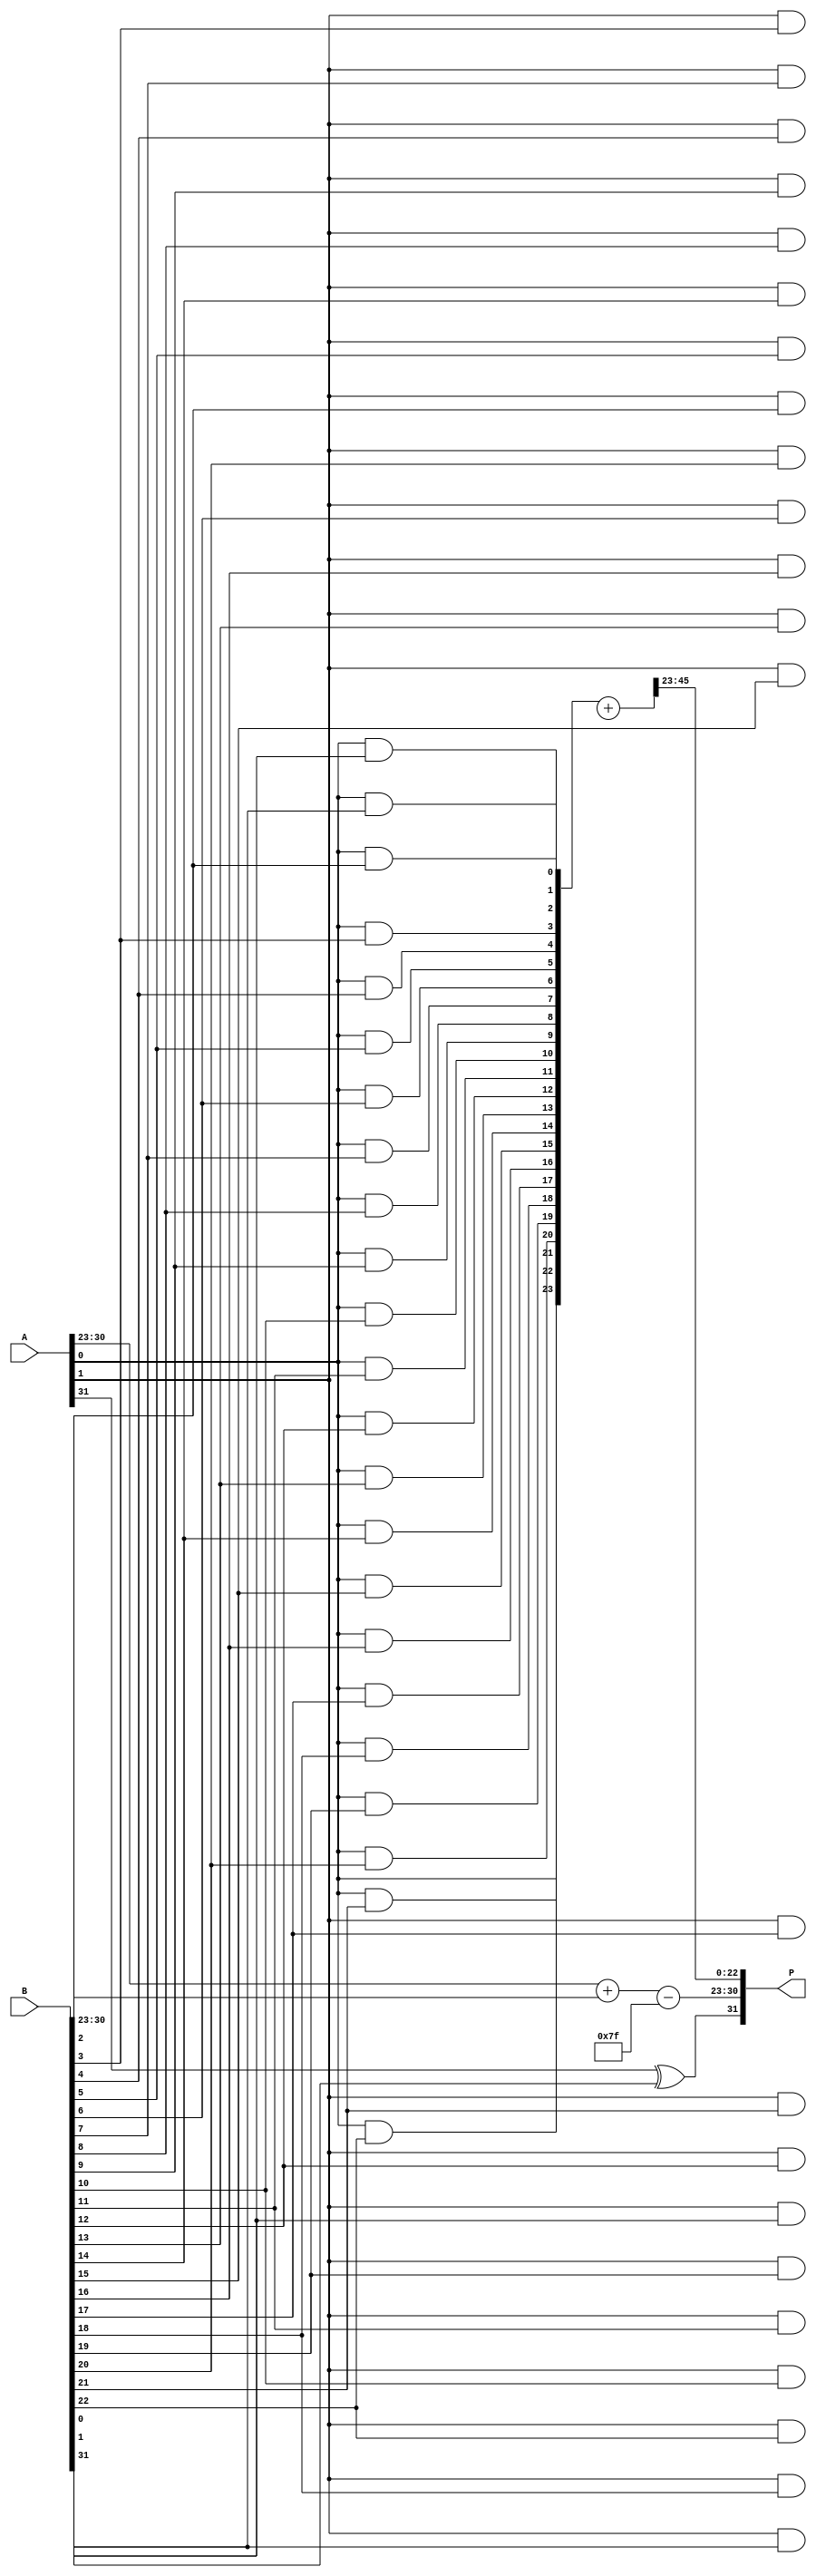
module float_mul (
    input [31:0] A, // 32-bit input A (IEEE 754)
    input [31:0] B, // 32-bit input B (IEEE 754)
    output reg [31:0] P // 32-bit output P (IEEE 754)
);

    // Constants
    localparam BIAS = 127;
    localparam SIGNIFICAND_WIDTH = 24; // 23 bits + 1 implicit bit

    // Extract fields from inputs
    wire sign_A = A[31];
    wire sign_B = B[31];
    
    wire [7:0] exp_A = A[30:23];
    wire [7:0] exp_B = B[30:23];
    
    wire [23:0] sig_A = {1'b1, A[22:0]}; // Add implicit leading 1
    wire [23:0] sig_B = {1'b1, B[22:0]}; // Add implicit leading 1

    // Calculate sign of the result
    wire sign_P = sign_A ^ sign_B;

    // Calculate exponent of the result
    wire [7:0] exp_P = exp_A + exp_B - BIAS;

    // Partial product generation
    wire [47:0] partial_products[0:23]; // Array of partial products
    genvar i, j;
    generate
        for (i = 0; i < 24; i = i + 1) begin : pp_gen
            for (j = 0; j < 24; j = j + 1) begin : pp_gen_inner
                assign partial_products[i][i+j] = sig_A[i] & sig_B[j];
            end
        end
    endgenerate

    // Wallace tree reduction (simplified)
    wire [47:0] sum[0:23]; // Sums and carries
    wire [23:0] carry;
    
    // Half adder and full adder logic to reduce partial products
    // This is a simplified version, full Wallace tree implementation is more complex.
    // Assume we have a function to perform the Wallace tree reduction.

    // Example of a simple reduction (not complete)
    assign sum[0] = partial_products[0] + partial_products[1];
    // Additional reduction logic should go here...

    // Final significand (simplified)
    wire [47:0] sig_P = sum[0]; // Replace with proper reduction result

    // Normalization (simplified, needs proper shifting and adjustment)
    reg [23:0] normalized_sig;
    reg [7:0] adjusted_exp;
    always @(*) begin
        normalized_sig = sig_P[46:23]; // Take upper 24 bits (need to normalize)
        adjusted_exp = exp_P; // Adjust exponent based on normalization
    end

    // Rounding (simplified, needs proper rounding logic)
    // Implement rounding logic here...

    // Assemble the final output
    always @(*) begin
        P[31] = sign_P;
        P[30:23] = adjusted_exp;
        P[22:0] = normalized_sig[22:0]; // Only lower 23 bits
    end

endmodule